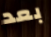
بعد